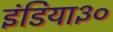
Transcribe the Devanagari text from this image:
इंडिया३०